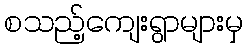
စသည့်ကျေးရွာများမှ